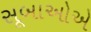
સૂબાઓએ